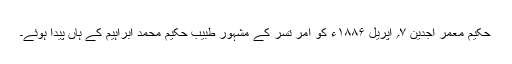
حکیم معمر اجدین ۷؍ اپریل ۱۸۸۶ء کو امر تسر کے مشہور طبیب حکیم محمد ابراہیم کے ہاں پیدا ہوئے۔